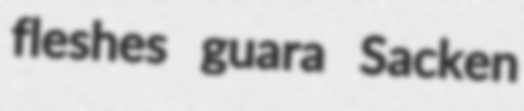
fleshes guara Sacken